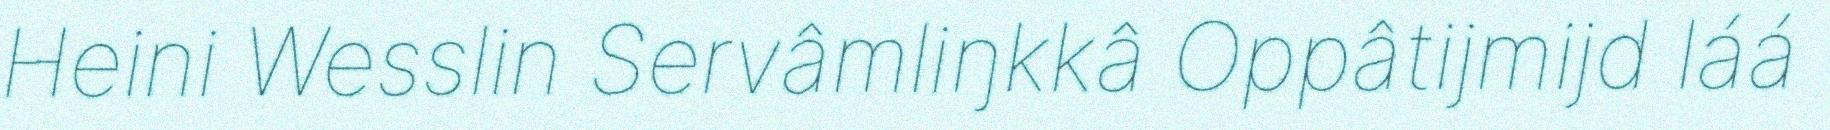
Heini Wesslin Servâmliŋkkâ Oppâtijmijd láá